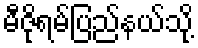
မီဇိုရမ်ပြည်နယ်သို့